Lunatic asylums Bombay report 1891-1903 - 1891-1903
Year: 1891
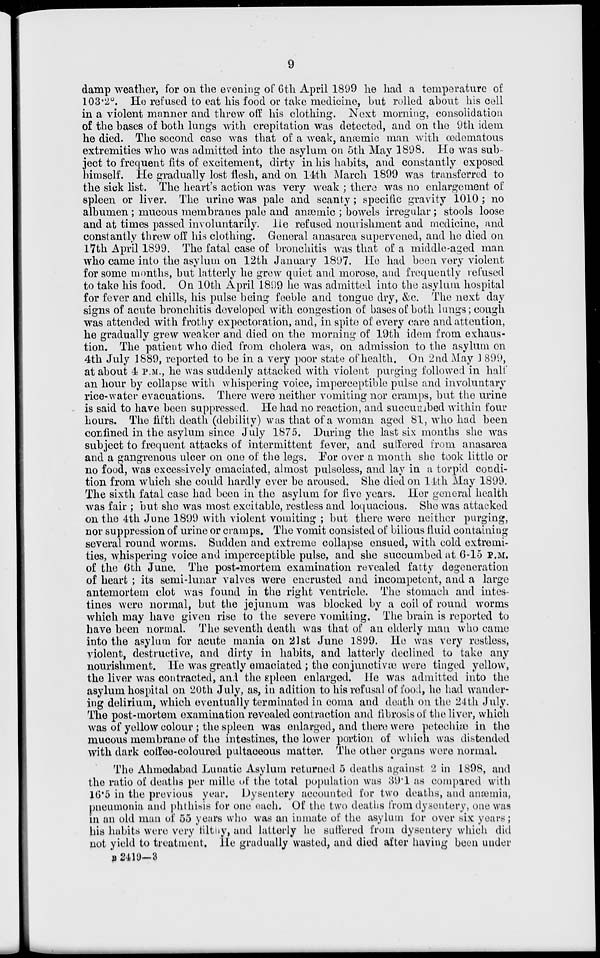
9
damp weather, for on the evening of 6th April 1899 he had a temperature of
103.2 o . He refused to eat his food or take medicine, but rolled about his cell
in a violent manner and threw off his clothing. Next morning, consolidation
of the bases of both lungs with crepitation was detected, and on the 9th idem
he died. The second case was that of a weak, anæmic man with œdematous
extremities who was admitted into the asylum on 5th May 1898. He was sub-
ject to frequent fits of excitement, dirty in his habits, and constantly exposed
himself. He gradually lost flesh, and on 14th March 1899 was transferred to
the sick list. The heart's action was very weak ; there was no enlargement of
spleen or liver. The urine was pale and scanty ; specific gravity 1010 ; no
albumen ; mucous membranes pale and anæmic ; bowels irregular ; stools loose
and at times passed involuntarily. He refused nourishment and medicine, and
constantly threw off his clothing. General anasarca supervened, and he died on
l7th April 1899. The fatal case of bronchitis was that of a middle-aged man
who came into the asylum on 12th January 1897. He had been very violent
for some months, but latterly he grew quiet and morose, and frequently refused
to take his food. On 10th April 1899 he was admitted into the asylum hospital
for fever and chills, his pulse being feeble and tongue dry, &c. The next day
signs of acute bronchitis developed with congestion of bases of both lungs ; cough
was attended with frothy expectoration, and, in spite of every care and attention,
he gradually grew weaker and died on the morning of 19th idem from exhaus-
tion. The patient who died from cholera was, on admission to the asylum on
4th July 1889, reported to be in a very poor state of health. On 2nd May 1899,
at about 4 P.M., he was suddenly attacked with violent purging followed in half
an hour by collapse with whispering voice, imperceptible pulse and involuntary
rice-water evacuations. There were neither vomiting nor cramps, but the urine
is said to have been suppressed. He had no reaction, and succumbed within four
hours. The fifth death (debility) was that of a woman aged 81, who had been
confined in the asylum since July 1875. During the last six months she was
subject to frequent attacks of intermittent fever, and suffered from anasarca
and a gangrenous ulcer on one of the legs. For over a month she took little or
no food, was excessively emaciated, almost pulseless, and lay in a torpid condi-
tion from which she could hardly ever be aroused. She died on 14th May 1899.
The sixth fatal case had been in the asylum for five years. Her general health
was fair ; but she was most excitable, restless and loquacious. She was attacked
on the 4th June 1899 with violent vomiting ; but there were neither purging,
nor suppression of urine or cramps. The vomit consisted of bilious fluid containing
several round worms. Sudden and extreme collapse ensued, with cold extremi-
ties, whispering voice and imperceptible pulse, and she succumbed at 6-15 P.M.
of the 6th June. The post-mortem examination revealed fatty degeneration
of heart ; its semi-lunar valves were encrusted and incompetent, and a large
antemortem clot was found in the right ventricle. The stomach and intes-
tines were normal, but the jejunum was blocked by a coil of round worms
which may have given rise to the severe vomiting. The brain is reported to
have been normal. The seventh death was that of an elderly man who came
into the asylum for acute mania on 21 st June 1899. He was very restless,
violent, destructive, and dirty in habits, and latterly declined to take any
nourishment. He was greatly emaciated ; the conjunctivæ were tinged yellow,
the liver was contracted, and the spleen enlarged. He was admitted into the
asylum hospital on 20th July, as, in adition to his refusal of food, he had wander-
ing delirium, which eventually terminated in coma and death on the 24th July.
The post-mortem examination revealed contraction and fibrosis of the liver, which
was of yellow colour ; the spleen was enlarged, and there were petechiæ in the
mucous membrane of the intestines, the lower portion of which was distended
with dark coffee-coloured pultaceous matter. The other organs were normal.
The Ahmedabad Lunatic Asylum returned 5 deaths against 2 in 1898, and
the ratio of deaths per mille of the total population was 39.1 as compared with
16.5 in the previous year. Dysentery accounted for two deaths, and anæmia,
pneumonia and phthisis for one each. Of the two deaths from dysentery, one was
in an old man of 55 years who was an inmate of the asylum for over six years ;
his habits were very filthy, and latterly he suffered from dysentery which did
not yield to treatment. He gradually wasted, and died after having been under
B 2419—3